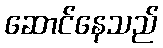
ဆောင်နေသည်